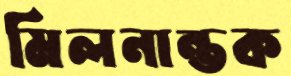
মিলনান্তক